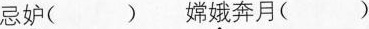
忌妒（） 嫦娥奔月（）